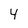
Character: 4